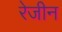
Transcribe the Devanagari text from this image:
रेजीन